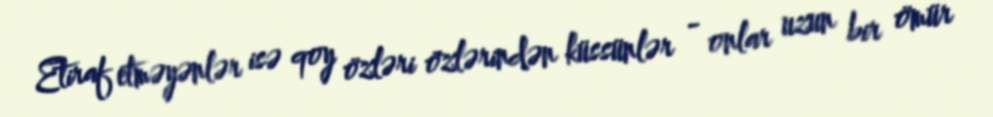
Etiraf etməyənlər isə qoy özləri özlərindən küssünlər - onlar uzun bir ömür